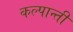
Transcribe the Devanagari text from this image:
कल्पान्ती